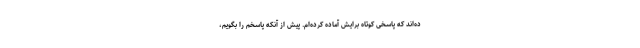
ده‌اند که پاسخی کوتاه برایش آماده کرده‌ام. پیش از آنکه پاسخم را بگویم،